Report of the Indian Hemp Drugs Commission, 1894-1895 - Volume I
Year: 1894
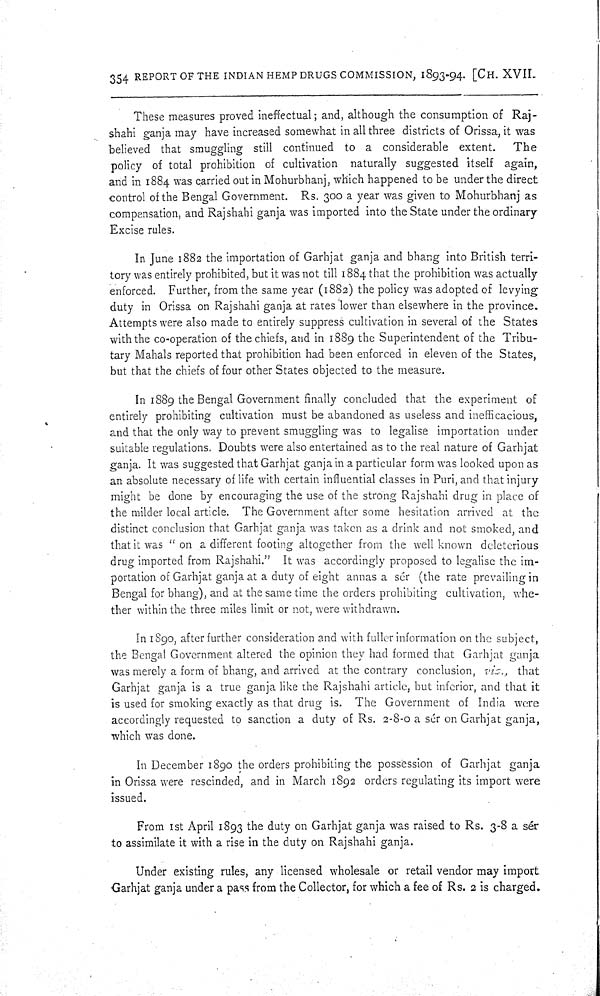
354 REPORT OF THE INDIAN HEMP DRUGS COMMISSION, 1893-94. [CH. XVII.
These measures proved ineffectual; and, although the consumption of Raj-
shahi ganja may have increased somewhat in all three districts of Orissa, it was
believed that smuggling still continued to a considerable extent.
The
policy of total prohibition of cultivation naturally suggested itself again,
and in 1884 was carried out in Mohurbhanj, which happened to be under the direct
control of the Bengal Government. Rs. 300 a year was given to Mohurbhanj as
compensation, and Rajshahi ganja was imported into the State under the ordinary
Excise rules.
In June 1882 the importation of Garhjat ganja and bhang into British terri-
tory was entirely prohibited, but it was not till 1884 that the prohibition was actually
enforced. Further, from the same year (1882) the policy was adopted of levying
duty in Orissa on Rajshahi ganja at rates lower than elsewhere in the province.
Attempts were also made to entirely suppress cultivation in several of the States
with the co-operation of the chiefs, and in 1889 the Superintendent of the Tribu-
tary Mahals reported that prohibition had been enforced in eleven of the States,
but that the chiefs of four other States objected to the measure.
In 1889 the Bengal Government finally concluded that the experiment of
entirely prohibiting cultivation must be abandoned as useless and inefficacious,
and that the only way to prevent smuggling was to legalise importation under
suitable regulations. Doubts were also entertained as to the real nature of Garhjat
ganja. It was suggested that Garhjat ganja in a particular form was looked upon as
an absolute necessary of life with certain influential classes in Puri, and that injury
might be done by encouraging the use of the strong Rajshahi drug in place of
the milder local article. The Government after some hesitation arrived at the
distinct conclusion that Garhjat ganja was taken as a drink and not smoked, and
that it was "on a different footing altogether from the well known deleterious
drug imported from Rajshahi." It was accordingly proposed to legalise the im-
portation of Garhjat ganja at a duty of eight annas a sér (the rate prevailing in
Bengal for bhang), and at the same time the orders prohibiting cultivation, whe-
ther within the three miles limit or not, were withdrawn.
In 1890, after further consideration and with fuller information on the subject,
the Bengal Government altered the opinion they had formed that Garhjat ganja
was merely a form of bhang, and arrived at the contrary conclusion, viz., that
Garhjat ganja is a true ganja like the Rajshahi article, but inferior, and that it
is used for smoking exactly as that drug is. The Government of India were
accordingly requested to sanction a duty of Rs. 2-8-0 a sér on Garhjat ganja,
which was done.
In December 1890 the orders prohibiting the possession of Garhjat ganja
in Orissa were rescinded, and in March 1892 orders regulating its import were
issued.
From 1st April 1893 the duty on Garhjat ganja was raised to Rs. 3-8 a sér
to assimilate it with a rise in the duty on Rajshahi ganja.
Under existing rules, any licensed wholesale or retail vendor may import.
Garhjat ganja under a pass from the Collector, for which a fee of Rs. 2 is charged.